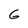
Character: G